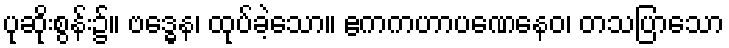
ပုဆိုးစွန်း၌။ ဗဒ္ဓေန၊ ထုပ်ခဲ့သော။ ဧကကဟာပဏေနေဝ၊ တသပြာသော